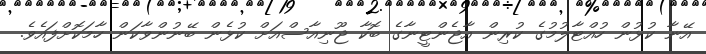
އޭނާ ކުޅުން ހުއްޓާލުމުގެ ކުރިން އާޖެންޓީނާގެ ބޮކާ ޖޫނިއާސްއަށް ކުޅެން ބޭނުންވާކަން ހާމަކޮށްފައެވެ.